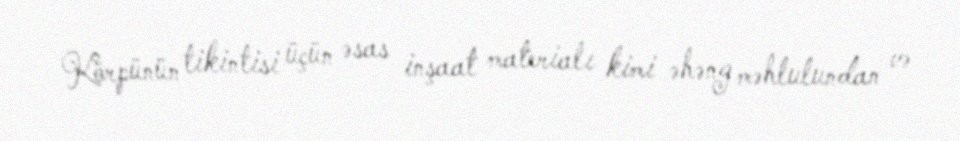
Körpünün tikintisi üçün əsas inşaat materialı kimi əhəng məhlulundan və